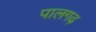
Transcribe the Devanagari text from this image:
पालगढ़